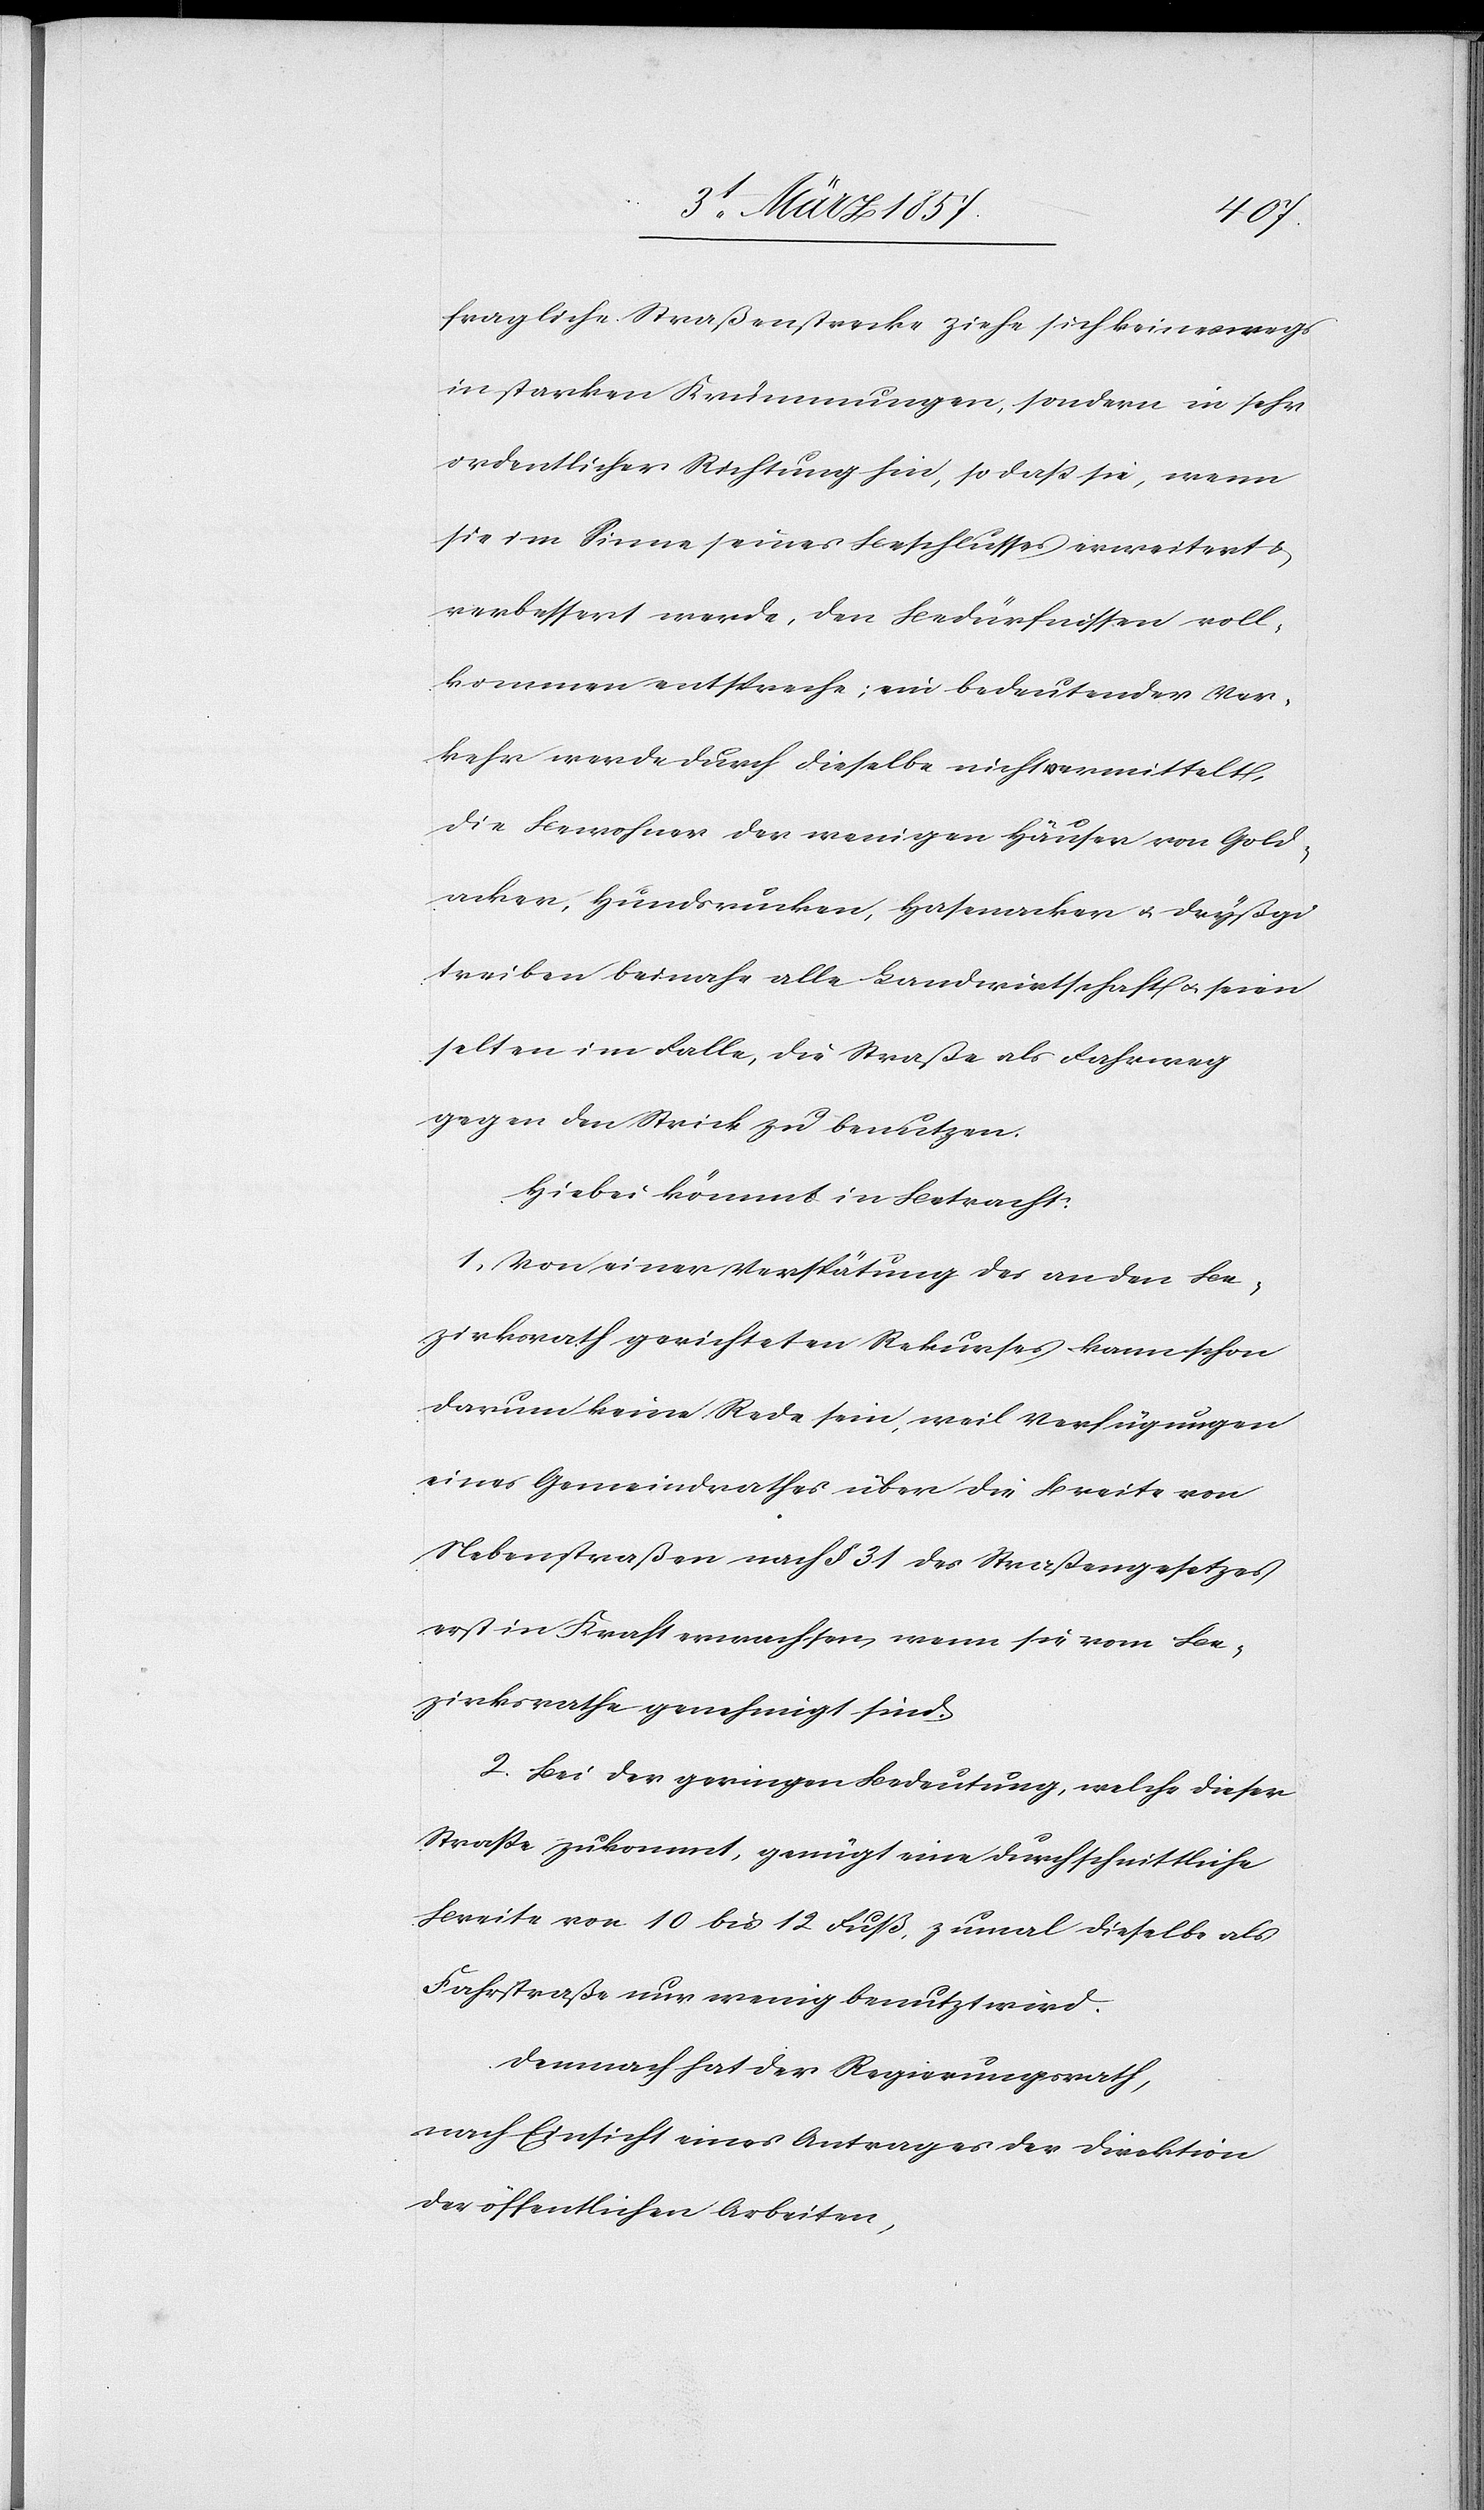
fragliche Straßenstrecke ziehe sich keineswegs
in starken Krümmungen, sondern in sehr
ordentlicher Richtung hin, so daß sie, wenn
sie im Sinne seines Beschlusses erweitert u.
verbessert werde, den Bedürfnissen voll¬
kommen entspreche; ein bedeutender Ver¬
kehr werde durch dieselbe nicht vermittelt,
die Bewohner der wenigen Häuser von Gold¬
acker, Hundsrücken, Hasenacker u. Dryßgi
treiben beinahe alle Landwirthschaft u. seien
selten im Falle, die Straße als Fahrweg
gegen den Strick zu benutzen.
Hiebei kömmt in Betracht:
1. Von einer Verspätung des an den Be¬
zirksrath gerichteten Rekurses kann schon
darum keine Rede sein, weil Verfügungen
eines Gemeindrathes über die Breite von
Nebenstraßen nach § 31 des Straßengesetzes
erst in Kraft erwachsen, wenn sie vom Be¬
zirksrathe genehmigt sind.
2. Bei der geringen Bedeutung, welche dieser
Straße zukommt, genügt eine durchschnittliche
Breite von 10 bis 12 Fuß, zumal dieselbe als
Fahrstraße nur wenig benutzt wird.
Demnach hat der Regierungsrath,
nach Einsicht eines Antrages der Direktion
der öffentlichen Arbeiten,